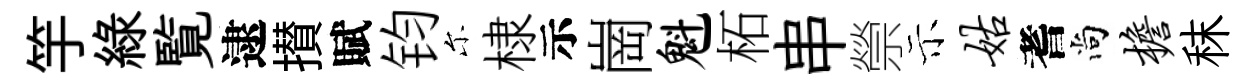
竽綠覧逮攅賦钧尓棣示崗魁柘串禜示姑耆尚檐秣